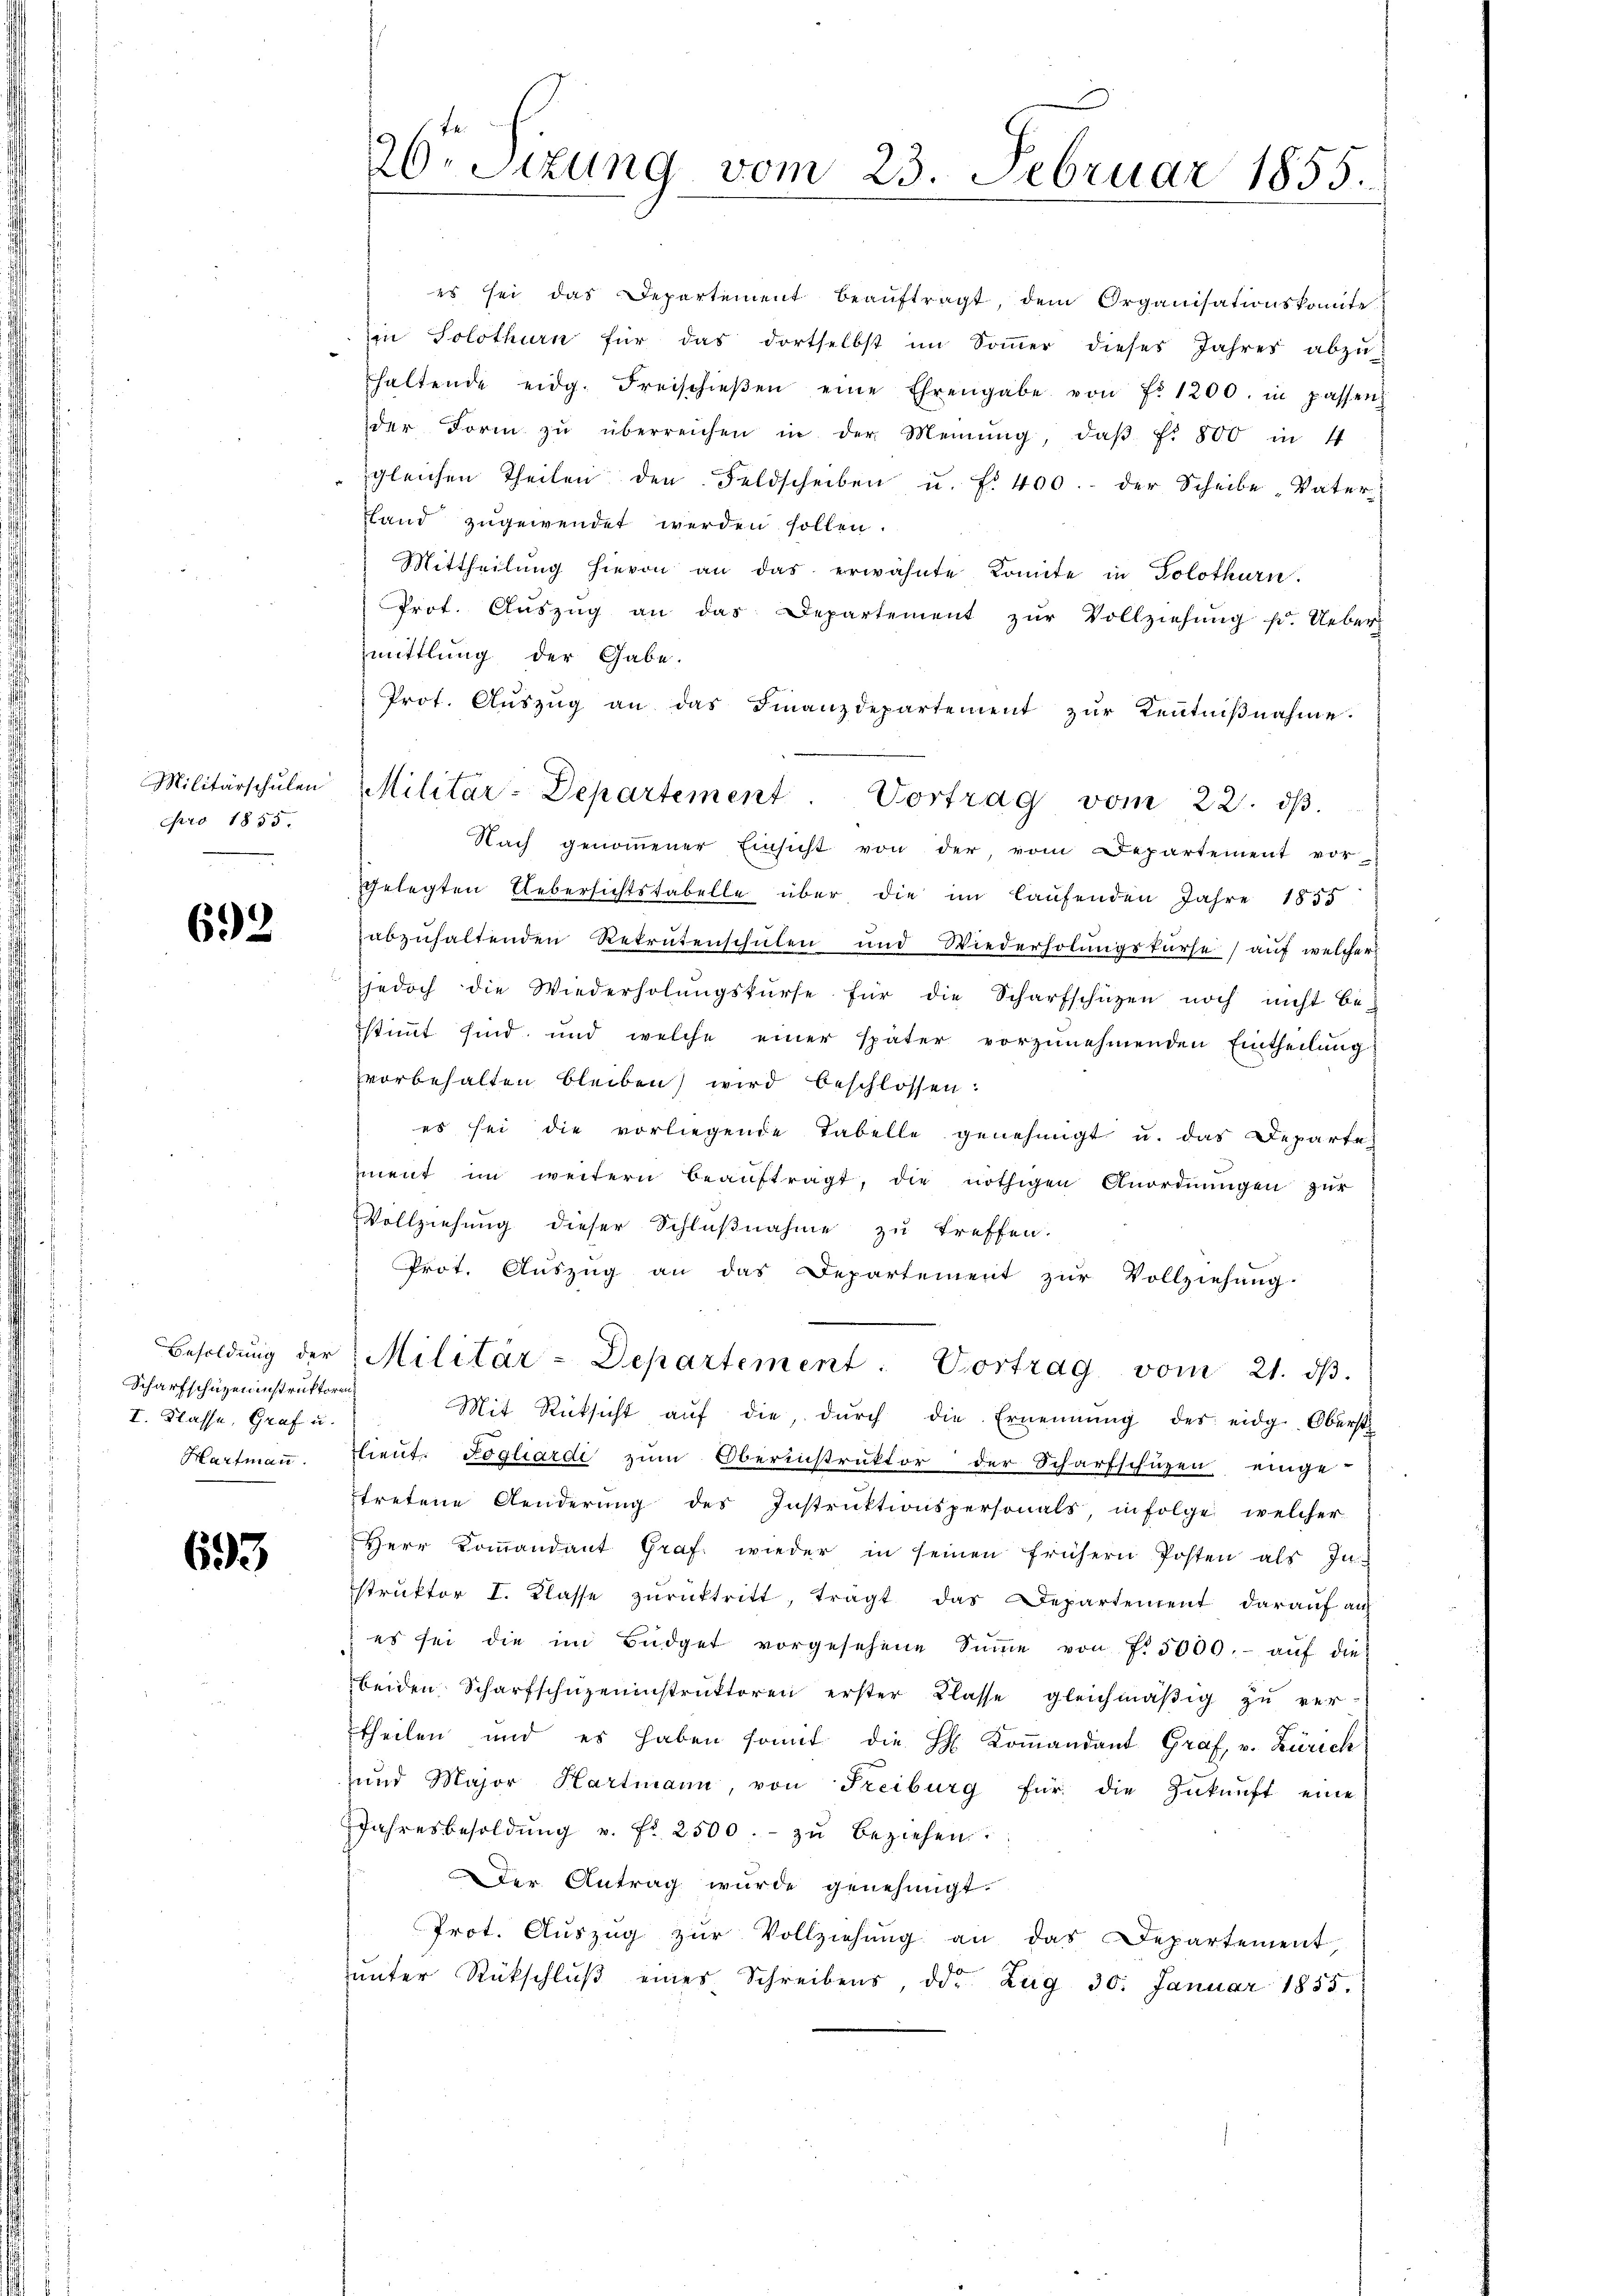
Militärschulen
pro 1855.

692

Scharfschüzeninstruktoren
I. Klasse, Graf u.
Hartmann.

693

26t Sizung vom 23. Februar 1855.

es sei das Departement beaŭftragt, dem Organisationskomite
in Solothurn für das dortselbst im Soṁer dieses Jahres abzu-
haltende eidg. Freischieβen eine Ehrengabe von Fr. 1200. in passen
der Form zŭ überreichen in der Meinŭng, daβ f. 800 in 4
gleichen Theilen den Feldscheiben u. f. 400.- der Scheibe Vater
land zugewendet werden sollen.
Mittheilŭng hievon an das erwähnte Komite in Solothurn.
Prot. Aŭszŭg an das Departement zŭr Vollziehŭng f. Ueber
mittlung der Gabe.
Prot. Aŭszŭg an das Finanzdepartement zŭr Kentniβnahme.
Nach genoṁener Einsicht von der, vom Departement vor-
ggelegten Uebersichtstabelle über, die im laufenden Jahre 1855
abzuhaltenden Rekrutenschulen und Wiederholungskurse auf welcher
jedoch die Wiederholŭngskurse für die Scharfschützen noch nicht be-
stimmt sind, und welche einer später vorzŭnehmenden Eintheilŭng
vvorbehalten bleiben wird beschlossen:
es sei die vorliegende Tabelle genehmigt u. das Departe
ment im weitern beauftragt, die nöthigen Anordnungen zur
Vollziehung dieser Schlŭβnahme zu treffen.
Prot. Auszug an das Departement zur Vollziehung.
Besoldŭng der Militär-Departement. Vortrag vom 21. dβ.
Mit Rücksicht aŭf die, dŭrch die Ernennung des eidg. Oberst
tlieut. Fogliardi zum Oberinstruktor der Scharfschützen einge-
tretene Aenderŭng des Instruktionspersonals infolge welcher
Herr Koṁandant Graf wieder in seinen frühern Posten als In-
struktor I. Klasse zŭrücktritt, trägt das Departement darauf au
es sei die im Büdget vorgesehene Sŭṁe von f. 5000.- aŭf die
beiden Scharfschüzeninstruktoren erster Classe gleichmäßig zu vertheilen und es haben somit die H: Kommandant Graf, v. Zürich
zund Major Hartmann, von Freiburg für die Zŭkŭnft eine
Jahresbesoldŭng v. fr. 2500.- zŭ beziehen.
der Antrag wurde genehmigt.
Prot. Aŭszŭg zŭr Vollziehŭng an das Departement,
ŭnter Rückschlŭβ eines Schreibens, der Zug 30. Januar 1855.

Militar-Departement. Vortrag vom 22. dβ.